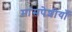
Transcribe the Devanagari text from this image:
मांसपेशीयाँ